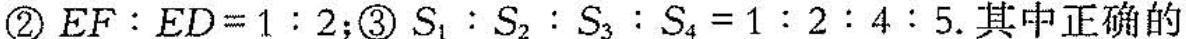
S4②$$E F ：E D = 1 : 2$$；③$$S _ { 1 } : S _ { 2 } : S _ { 3 } : S _ { 4 } = 1 : 2 : 4 : 5$$.其中正确的